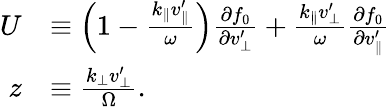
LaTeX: \begin{array}{rl}{U}&{\equiv\left(1-\frac{k_{\parallel}v_{\parallel}^{\prime}}{\omega}\right)\frac{\partial f_{0}}{\partial v_{\perp}^{\prime}}+\frac{k_{\parallel}v_{\perp}^{\prime}}{\omega}\frac{\partial f_{0}}{\partial v_{\parallel}^{\prime}}}\\ {z}&{\equiv\frac{k_{\perp}v_{\perp}^{\prime}}{\Omega}.}\end{array}